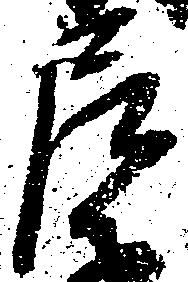
尼